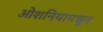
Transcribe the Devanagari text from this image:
ओशनियामधून